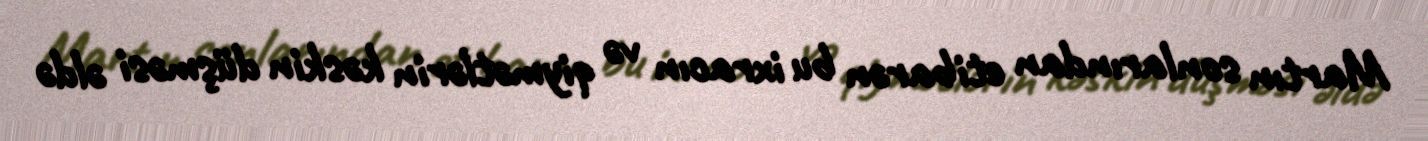
Martın sonlarından etibarən bu ixracın və qiymətlərin kəskin düşməsi əldə